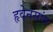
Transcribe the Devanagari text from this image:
हृवेनसांग